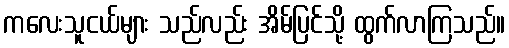
ကလေးသူငယ်များ သည်လည်း အိမ်ပြင်သို့ ထွက်လာကြသည်။